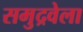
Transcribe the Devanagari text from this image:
समुद्रवेला